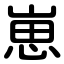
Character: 崽